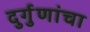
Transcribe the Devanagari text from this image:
दुर्गुणांचा